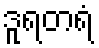
ဒူရတရံ